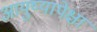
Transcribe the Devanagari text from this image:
आयुष्यापेक्षा